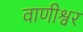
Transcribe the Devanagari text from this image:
वाणीश्वर